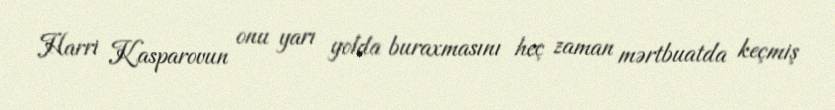
Harri Kasparovun onu yarı yolda buraxmasını heç zaman mərtbuatda keçmiş